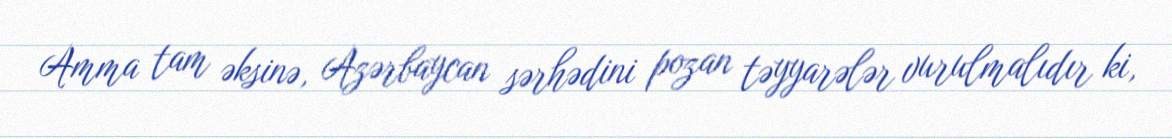
Amma tam əksinə, Azərbaycan sərhədini pozan təyyarələr vurulmalıdır ki,